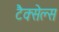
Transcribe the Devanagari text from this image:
टैक्सेल्स